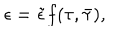
\epsilon = \tilde { \epsilon } f ( \tau , \bar { \tau } ) ,